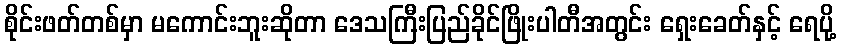
စိုင်းဖတ်တစ်မှာ မကောင်းဘူးဆိုတာ ဒေသကြီးပြည်ခိုင်ဖြိုးပါတီအတွင်း ရှေးခေတ်နှင့် ရေပို့